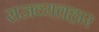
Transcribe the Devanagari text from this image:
राजव्यवहार